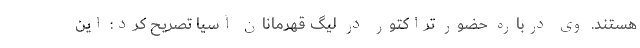
هستند. وی درباره حضور تراکتور در لیگ قهرمانان آسیا تصریح کرد: این